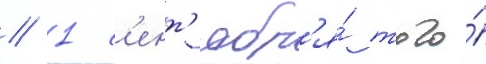
// 1 с'ент'ябр'я́ того́